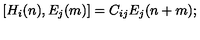
[ H _ { i } ( n ) , E _ { j } ( m ) ] = C _ { i j } E _ { j } ( n + m ) ;